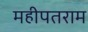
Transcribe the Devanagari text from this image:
महीपतराम